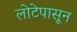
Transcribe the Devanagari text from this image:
लोटेपासून